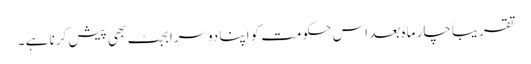
تقریباً چار ماہ بعد اس حکومت کو اپنا دوسرا بجٹ بھی پیش کرنا ہے ۔